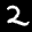
Label: 2